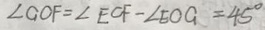
\angle G O F = \angle E C F - \angle E O G = 4 5 ^ { \circ }